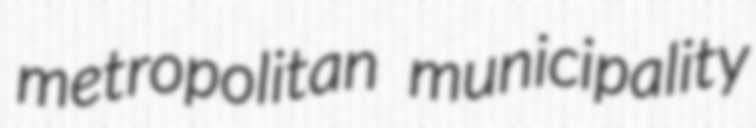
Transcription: metropolitan municipality